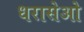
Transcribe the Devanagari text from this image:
धरासेओ